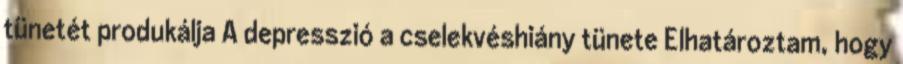
tünetét produkálja A depresszió a cselekvéshiány tünete Elhatároztam, hogy